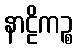
နာဠိကဉ္စ